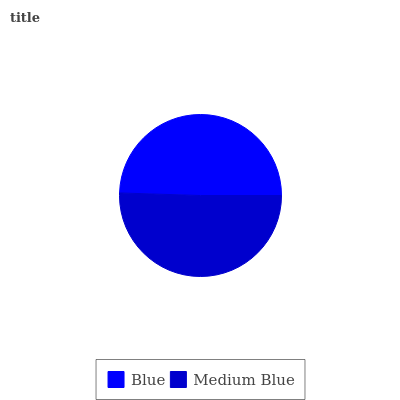
| Blue | Medium Blue |
 | --- | --- |
 | 49.5% | 50.5% |